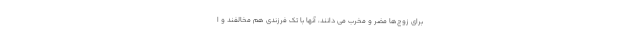
برای زوج‌ها مضر و مخرب می دانند، آنها با تک فرزندی هم مخالفند و ا